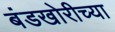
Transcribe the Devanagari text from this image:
बंडखोरीच्या